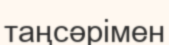
таңсәрімен